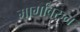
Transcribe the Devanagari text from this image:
मार्गांवरुन